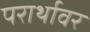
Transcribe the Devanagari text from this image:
परार्थावर